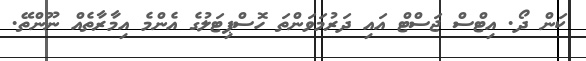
ކަން ދޯ. އިޓްސް ޖަސްޓް އައި ދަރުމަވަންތަ ހޮސްޕިޓަލުގެ އެެންމެ އިމާރާތެއް ނޫންތޭ.